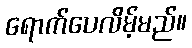
ရောက်ပေလိမ့်မည်။